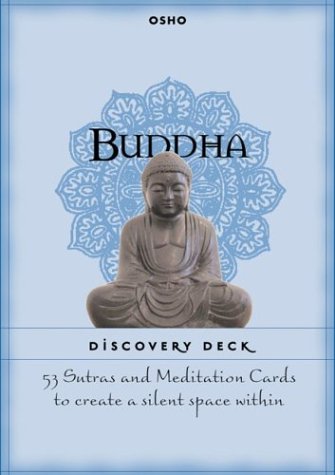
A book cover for Buddha Discovery Deck: 53 Sutras and Meditation Cards to Create a Silent Space Within; Osho; Science Fiction & Fantasy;